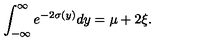
\int _ { - \infty } ^ { \infty } e ^ { - 2 \sigma ( y ) } d y = \mu + 2 \xi .